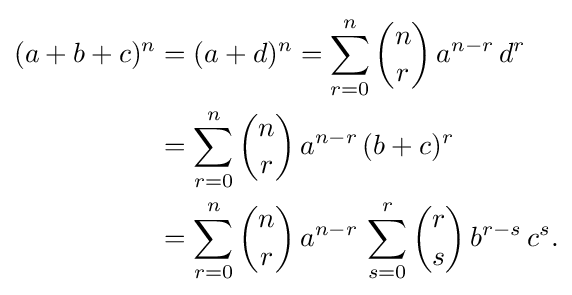
{\begin{aligned}(a+b+c)^{n}&=(a+d)^{n}=\sum _{r=0}^{n}{n \choose r}\,a^{n-r}\,d^{r}\\&=\sum _{r=0}^{n}{n \choose r}\,a^{n-r}\,(b+c)^{r}\\&=\sum _{r=0}^{n}{n \choose r}\,a^{n-r}\,\sum _{s=0}^{r}{r \choose s}\,b^{r-s}\,c^{s}.\end{aligned}}